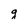
Character: g